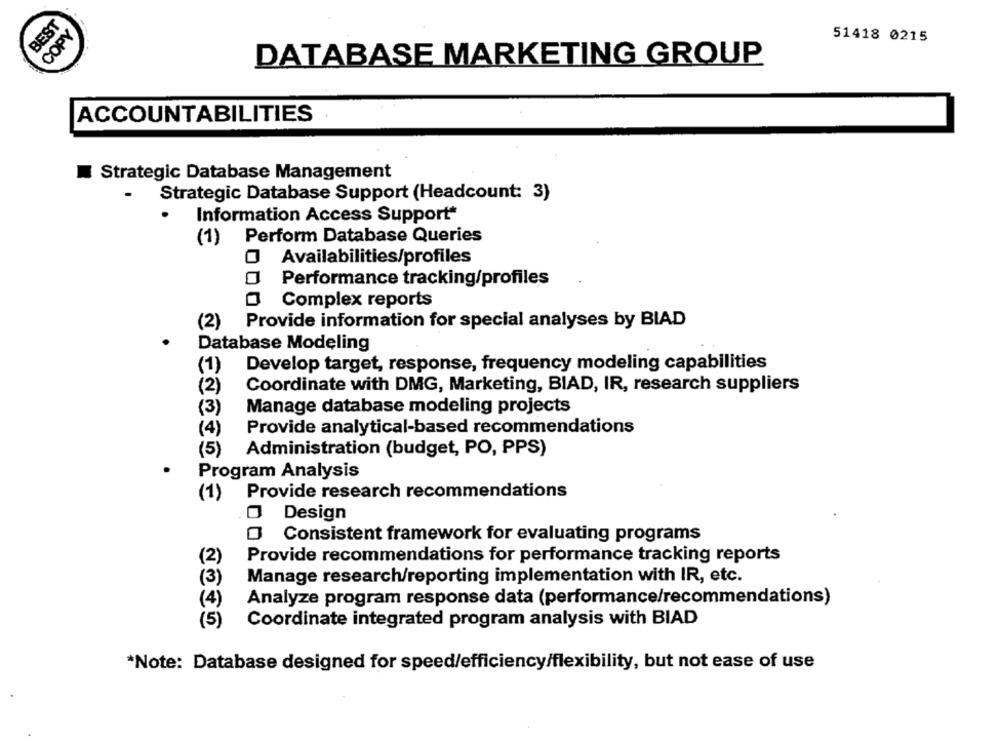
BEST
COPY
51418 0215
DATABASE MARKETING GROUP
ACCOUNTABILITIES
Strategic Database Management
Strategic Database Support (Headcount: 3)
Information Access Support **
(1) Perform Database Queries
O Availabilities/profiles
Performance tracking/profiles
Complex reports
(2) Provide information for special analyses by BIAD
Database Modeling
(1)
Develop target, response, frequency modeling capabilities
(2)
Coordinate with DMG, Marketing, BIAD, IR, research suppliers
(3)
Manage database modeling projects
(4)
Provide analytical-based recommendations
(5)
Administration (budget, PO, PPS)
Program Analysis
(1) Provide research recommendations
Design
O Consistent framework for evaluating programs
(2)
Provide recommendations for performance tracking reports
Manage research/reporting implementation with IR, etc.
(3)
(4)
Analyze program response data (performance/recommendations)
(5)
Coordinate integrated program analysis with BIAD
*Note: Database designed for speed/efficiency/flexibility, but not ease of use